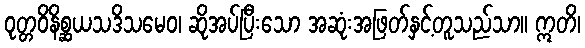
ဝုတ္တဝိနိစ္ဆယသဒိသမေဝ၊ ဆိုအပ်ပြီးသော အဆုံးအဖြတ်နှင့်တူသည်သာ။ ဣတိ၊